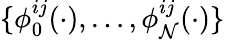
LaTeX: \{ \phi_{0}^{ij}(\cdot),\ldots,\phi_{\mathcal{N}}^{ij}(\cdot)\}